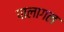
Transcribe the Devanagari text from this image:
पालागल